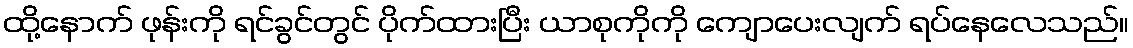
ထို့နောက် ဖုန်းကို ရင်ခွင်တွင် ပိုက်ထားပြီး ယာစုကိုကို ကျောပေးလျက် ရပ်နေလေသည်။